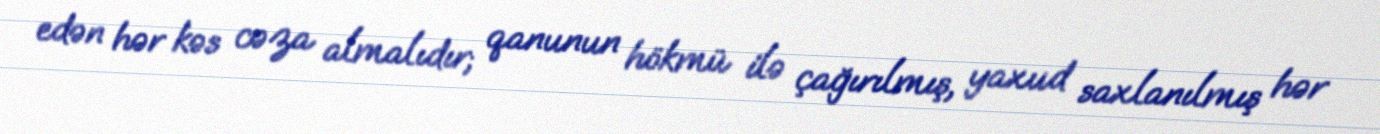
edən hər kəs cəza almalıdır; qanunun hökmü ilə çağırılmış, yaxud saxlanılmış hər